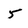
Character: 5